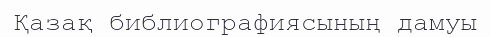
Қазақ библиографиясының дамуы